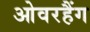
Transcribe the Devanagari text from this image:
ओवरहैंग